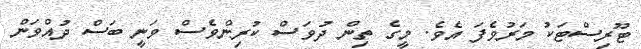
ޓޫރިސްޓަކު މަރުވެފަ އެވެ. މީގެ ތިން ދުވަސް ކުރިންވެސް ވަނީ ބަސް ދުއްވަން